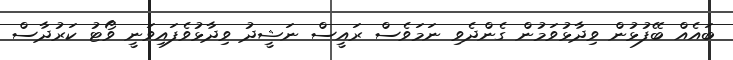
ބައެއް ބޭފުޅުން ވިދާޅުވަމުން ގެންދެވި ނަމަވެސް ރައީސް ނަޝީދު ވިދާޅުވެފައިވަނީ ވޯޓު ކަރުދާސް